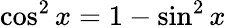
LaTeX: \cos^{2}x=1-\sin^{2}x